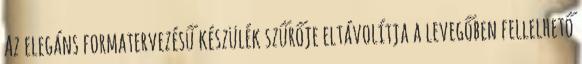
Az elegáns formatervezésű készülék szűrője eltávolítja a levegőben fellelhető